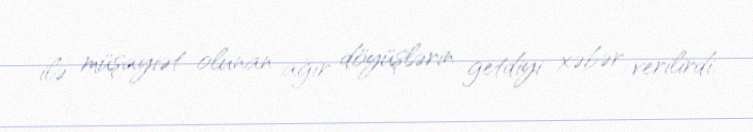
ilə müşayiət olunan ağır döyüşlərin getdiyi xəbər verilirdi.